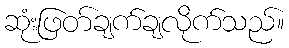
ဆုံးဖြတ်ချက်ချလိုက်သည်။